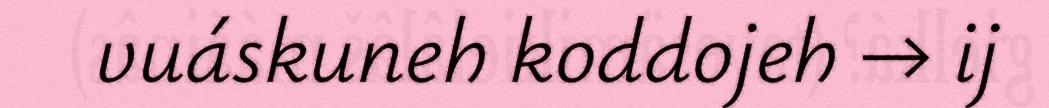
vuáskuneh koddojeh → ij